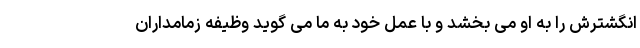
انگشترش را به او می بخشد و با عمل خود به ما می گوید وظیفه زمامداران